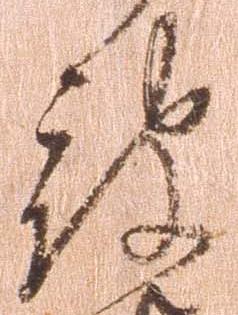
被